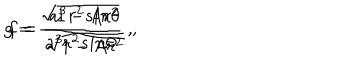
g = \frac { \sqrt { 1 - A r ^ { 2 } } } { a ^ { 3 } r ^ { 2 } s i n \theta } \ , \hspace { 2 c m } f = \frac { a ^ { 3 } r ^ { 2 } s i n \theta } { \sqrt { 1 - A r ^ { 2 } } } \ ,